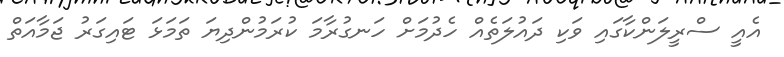
އެއީ ސްރީލަންކާގައި ވަކި ދައުލަތެއް ހެދުމަށް ހަނގުރާމަ ކުރަމުންދިޔަ ތަމަޅަ ޓައިގަރު ޖަމާއަތް